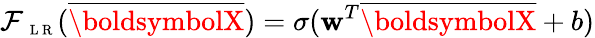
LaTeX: \mathcal{F}_{\mathrm{{~\scriptsize~L~R~}}}(\overline{{{\boldsymbolX}}})=\sigma(\mathbf{{w}}^{T}\overline{{{\boldsymbolX}}}+b)